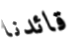
قائدنا